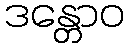
ဒန္တောဝ